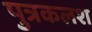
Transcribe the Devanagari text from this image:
पुत्रकलश